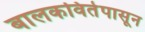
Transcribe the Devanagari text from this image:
बालकवितेपासून